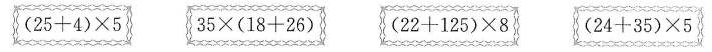
$$\left\{ ( 2 5 + 4 ) \times 5 \right\}$$